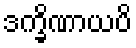
ဒက္ခိဏာယပိ